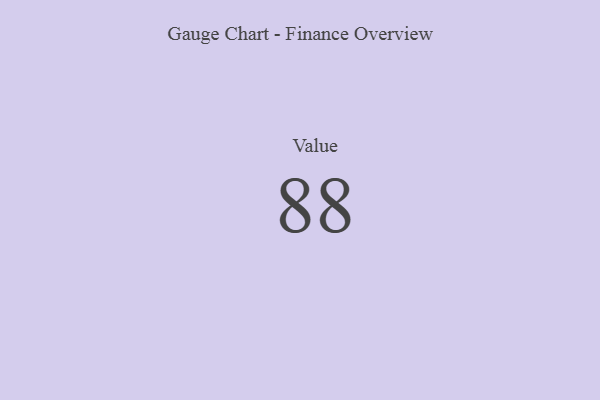
{"axis": {"x": "Metric", "y": "Value"}, "legend": [""], "data": [{"x": "Value", "y": 88, "type": ""}]}